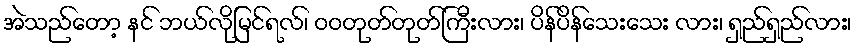
အဲသည်တော့ နင် ဘယ်လိုမြင်ရလ်၊ ဝဝတုတ်တုတ်ကြီးလား၊ ပိန်ပိန်သေးသေး လား၊ ရှည်ရှည်လား၊